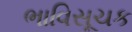
ભાવિસૂચક